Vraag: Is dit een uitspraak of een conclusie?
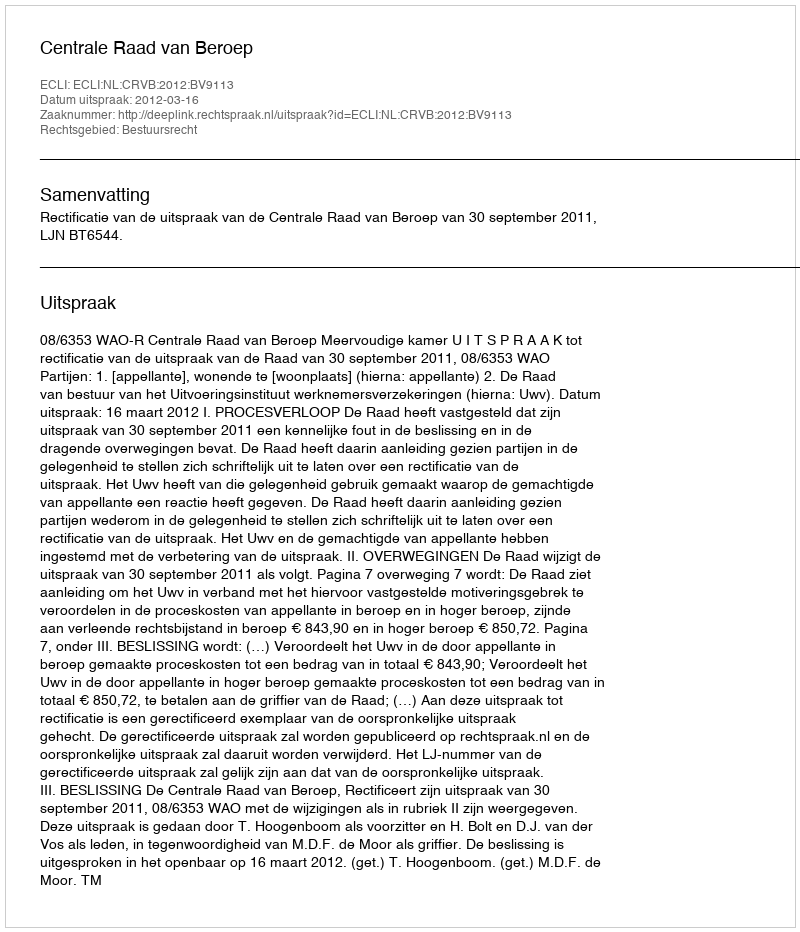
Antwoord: Uitspraak